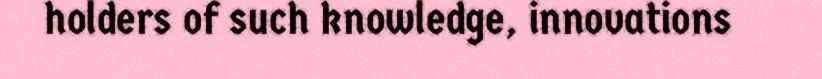
holders of such knowledge, innovations